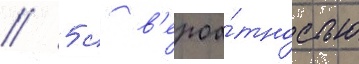
// 5 с в'ероа́тностью